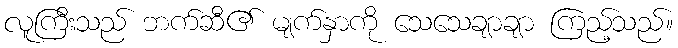
လူကြီးသည် ဘက်ဆီ၏ မျက်နှာကို သေသေချာချာ ကြည့်သည်။